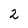
Character: 2